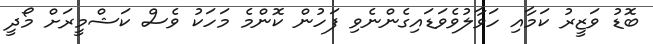
ބޮޑު ވަޒީރު ކަމާއި ހަވާލުވެވަޑައިގެންނެވި ފަހުން ކޮންމެ މަހަކު ވެސް ކަޝްމީރަށް މޯދީ